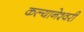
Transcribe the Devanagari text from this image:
कल्यानेश्वरी